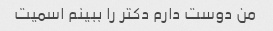
من دوست دارم دکتر را ببینم اسمیت